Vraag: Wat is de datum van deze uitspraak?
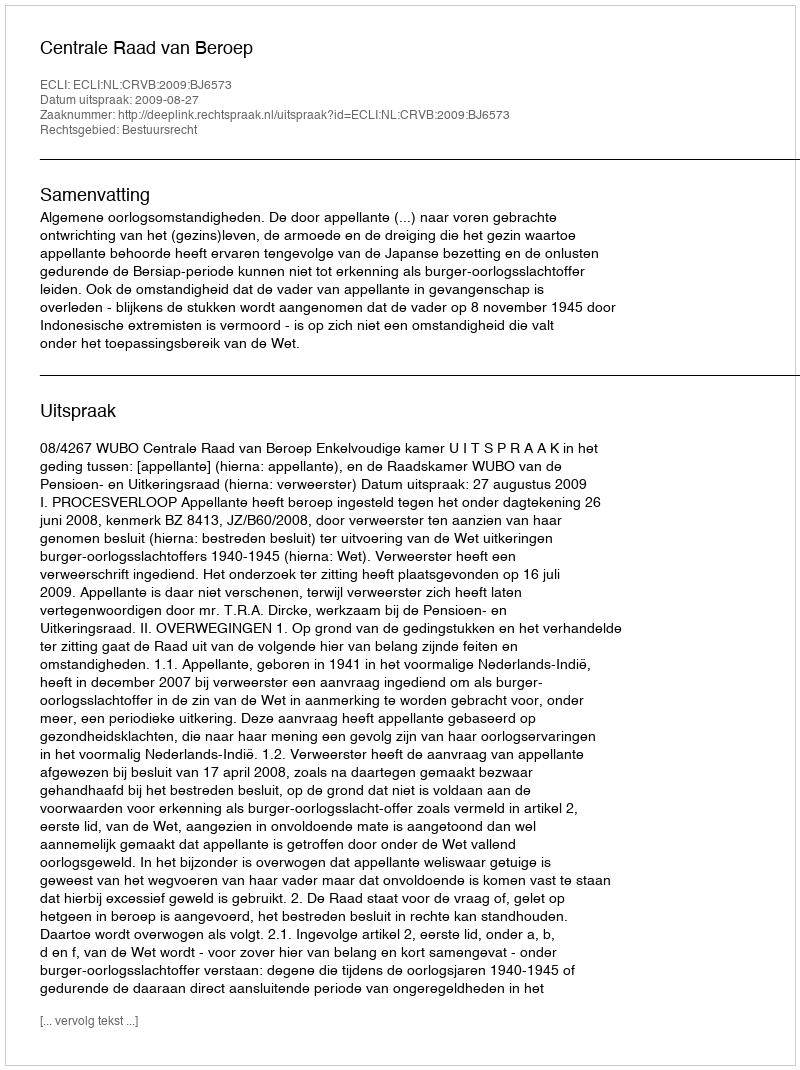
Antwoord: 2009-08-27